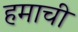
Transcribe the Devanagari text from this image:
हमाची